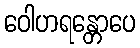
ဝေါဟရန္တောပေ